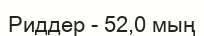
Риддер - 52,0 мың